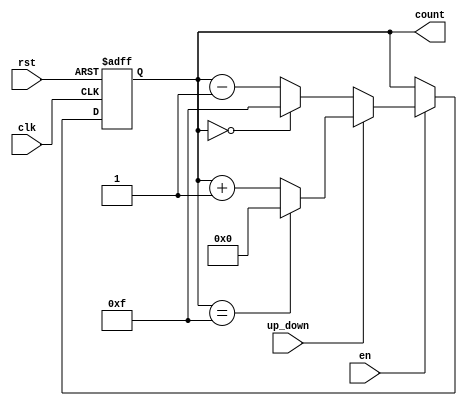
module binary_counter #(
    parameter WIDTH = 4,      // Bit-width of the counter (default: 4 bits)
    parameter MAX_COUNT = (1 << WIDTH) - 1  // Maximum count value
)(
    input clk,                // Clock signal
    input rst,                // Asynchronous reset signal
    input en,                 // Enable signal
    input up_down,           // Control signal: 1 for up counting, 0 for down counting
    output reg [WIDTH-1:0] count  // Counter value output
);

// Asynchronous reset and counting logic
always @(posedge clk or posedge rst) begin
    if (rst) begin
        count <= 0;          // Reset counter to 0
    end else if (en) begin
        if (up_down) begin
            // Count Up
            if (count == MAX_COUNT) begin
                count <= 0;  // Roll over to 0
            end else begin
                count <= count + 1;  // Increment counter
            end
        end else begin
            // Count Down
            if (count == 0) begin
                count <= MAX_COUNT;  // Roll over to MAX_COUNT
            end else begin
                count <= count - 1;  // Decrement counter
            end
        end
    end
end

endmodule